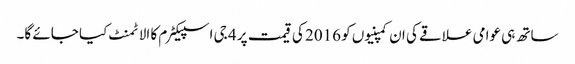
ساتھ ہی عوامی علاقے کی ان کمپنیوں کو 2016 کی قیمت پر 4 جی اسپیکٹرم کا الاٹمنٹ کیا جائے گا۔